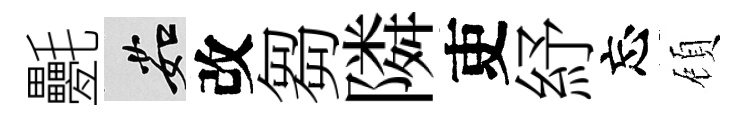
氎茹改芻隣吏紓忘頋